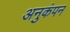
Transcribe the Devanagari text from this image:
अनुकंपन